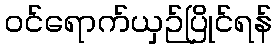
ဝင်ရောက်ယှဉ်ပြိုင်ရန်